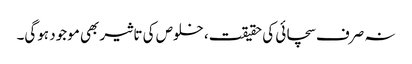
نہ صرف سچائی کی حقیقت، خلوص کی تاثیر بھی موجود ہوگی۔